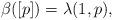
LaTeX: \begin{align*} \beta([p])=\lambda(1,p),\end{align*}